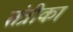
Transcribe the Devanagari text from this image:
तंत्रीका